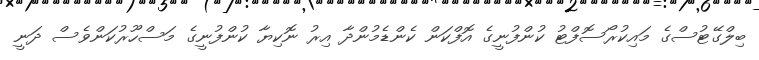
ބިލްގޭޓުސްގެ މައިކުރޯސޮފްޓު ކުންފުނީގެ އޮފްކަން ކެންޑެމުންދާ އިރު ނޮކިޔާ ކުންފުނީގެ މަސްހޫރުކަންވެސް ދަނީ